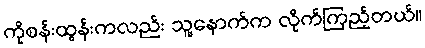
ကိုစန်းထွန်းကလည်း သူ့နောက်က လိုက်ကြည့်တယ်။